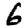
Digit: 6